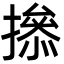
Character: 撡